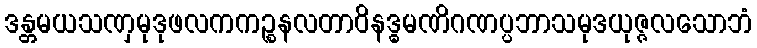
ဒန္တမယသဏှမုဒုဖလကကဉ္စနလတာဝိနဒ္ဓမဏိဂဏပ္ပဘာသမုဒယုဇ္ဇလသောဘံ